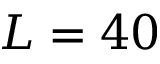
L = 4 0